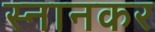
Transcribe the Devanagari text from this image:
स्नानकर